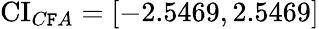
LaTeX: \operatorname{CI}_{C\mathtt{F}A}=[-2.5469,2.5469]